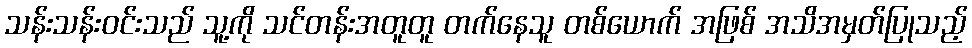
သန်းသန်းဝင်းသည် သူ့ကို သင်တန်းအတူတူ တက်နေသူ တစ်ယောက် အဖြစ် အသိအမှတ်ပြုသည့်